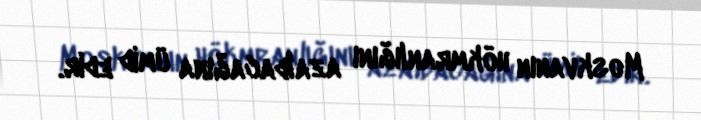
Moskvanın hökmranlığını azaldacağına ümid edir.